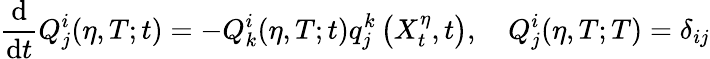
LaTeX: \frac{\mathrm{d}}{\mathrm{d}t}Q_{j}^{i}(\eta,T;t)=-Q_{k}^{i}(\eta,T;t)q_{j}^{k}\left(X_{t}^{\eta},t\right),\quad Q_{j}^{i}(\eta,T;T)=\delta_{ij}